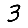
Digit: 3